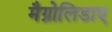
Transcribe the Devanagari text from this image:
मैग्नोलिडाए